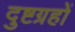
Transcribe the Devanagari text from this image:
दुष्टग्रहों